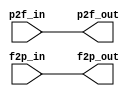
//
//--------------------------------------------------------------------------------
//          THIS FILE WAS AUTOMATICALLY GENERATED BY THE GENESIS2 ENGINE        
//  FOR MORE INFORMATION: OFER SHACHAM (CHIP GENESIS INC / STANFORD VLSI GROUP)
//    !! THIS VERSION OF GENESIS2 IS NOT FOR ANY COMMERCIAL USE !!
//     FOR COMMERCIAL LICENSE CONTACT SHACHAM@ALUMNI.STANFORD.EDU
//--------------------------------------------------------------------------------
//
//  
//	-----------------------------------------------
//	|            Genesis Release Info             |
//	|  $Change: 11904 $ --- $Date: 2013/08/03 $   |
//	-----------------------------------------------
//	
//
//  Source file: /horowitz/users/dhuff/CGRAGenerator/hardware/generator_z/io16bit/io16bit.vp
//  Source template: io16bit
//
// --------------- Begin Pre-Generation Parameters Status Report ---------------
//
//	From 'generate' statement (priority=5):
// Parameter io_group 	= 2
// Parameter side 	= 3
//
//		---- ---- ---- ---- ---- ---- ---- ---- ---- ---- ----
//
//	From Command Line input (priority=4):
//
//		---- ---- ---- ---- ---- ---- ---- ---- ---- ---- ----
//
//	From XML input (priority=3):
//
//		---- ---- ---- ---- ---- ---- ---- ---- ---- ---- ----
//
//	From Config File input (priority=2):
//
// ---------------- End Pre-Generation Pramameters Status Report ----------------

// io_group (_GENESIS2_INHERITANCE_PRIORITY_) = 2
//
// side (_GENESIS2_INHERITANCE_PRIORITY_) = 3
//
// width (_GENESIS2_DECLARATION_PRIORITY_) = 16
//


module io16bit_unq4 (
p2f_in,
p2f_out,
f2p_in,
f2p_out
);

input  [15:0] p2f_in;
output [15:0] p2f_out;
input  [15:0] f2p_in;
output [15:0] f2p_out;


  assign p2f_out = p2f_in;
  assign f2p_out = f2p_in;
endmodule